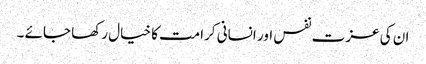
ان کی عزت نفس اور انسانی کرامت کا خیال رکھا جائے ۔